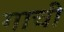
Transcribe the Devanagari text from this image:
गाची